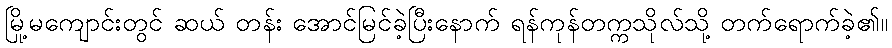
မြို့မကျောင်းတွင် ဆယ် တန်း အောင်မြင်ခဲ့ပြီးနောက် ရန်ကုန်တက္ကသိုလ်သို့ တက်ရောက်ခဲ့၏။